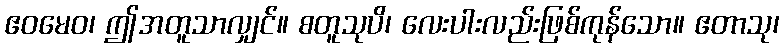
ဧဝမေဝ၊ ဤအတူသာလျှင်။ စတူသုပိ၊ လေးပါးလည်းဖြစ်ကုန်သော။ ဧတာသု၊